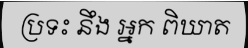
ប្រទះ នឹង អ្នក ពិឃាត